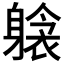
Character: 𲄫